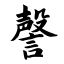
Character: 謦